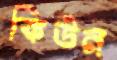
কিউন